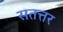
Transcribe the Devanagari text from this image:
सतत्तर